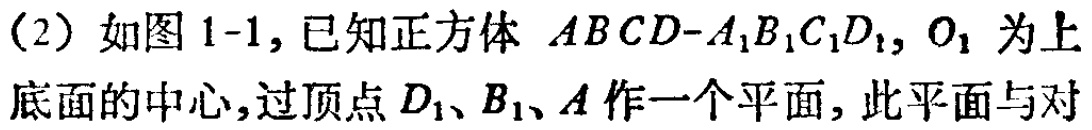
(2) 如图1-1, 已知正方体 \(ABCD - A_{1}B_{1}C_{1}D_{1}\), \(O_{1}\) 为上底面的中心, 过顶点 \(D_{1}、B_{1}、A\) 作一个平面, 此平面与对